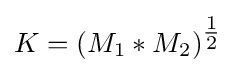
K=(M_{1}*M_{2})^{\tfrac {1}{2}}